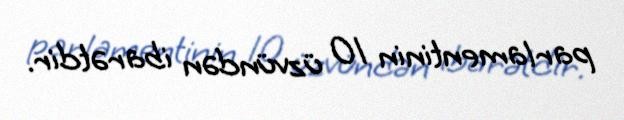
parlamentinin 10 üzvündən ibarətdir.